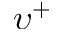
\upsilon ^ { + }